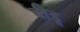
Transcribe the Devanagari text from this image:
बीडू